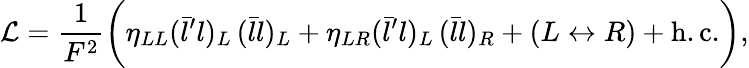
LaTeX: {\cal L}=\frac{1}{F^{2}}\biggl(\eta_{LL}(\bar{l}^{\prime}l)_{L}\, (\bar{l}l)_{L}+\eta_{LR}(\bar{l}^{\prime}l)_{L}\, (\bar{l}l)_{R}+(L\leftrightarrow R)+\mathrm{h.c.}\biggr),